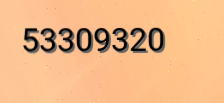
53309320